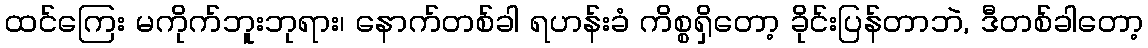
ထင်ကြေး မကိုက်ဘူးဘုရား၊ နောက်တစ်ခါ ရဟန်းခံ ကိစ္စရှိတော့ ခိုင်းပြန်တာဘဲ, ဒီတစ်ခါတော့